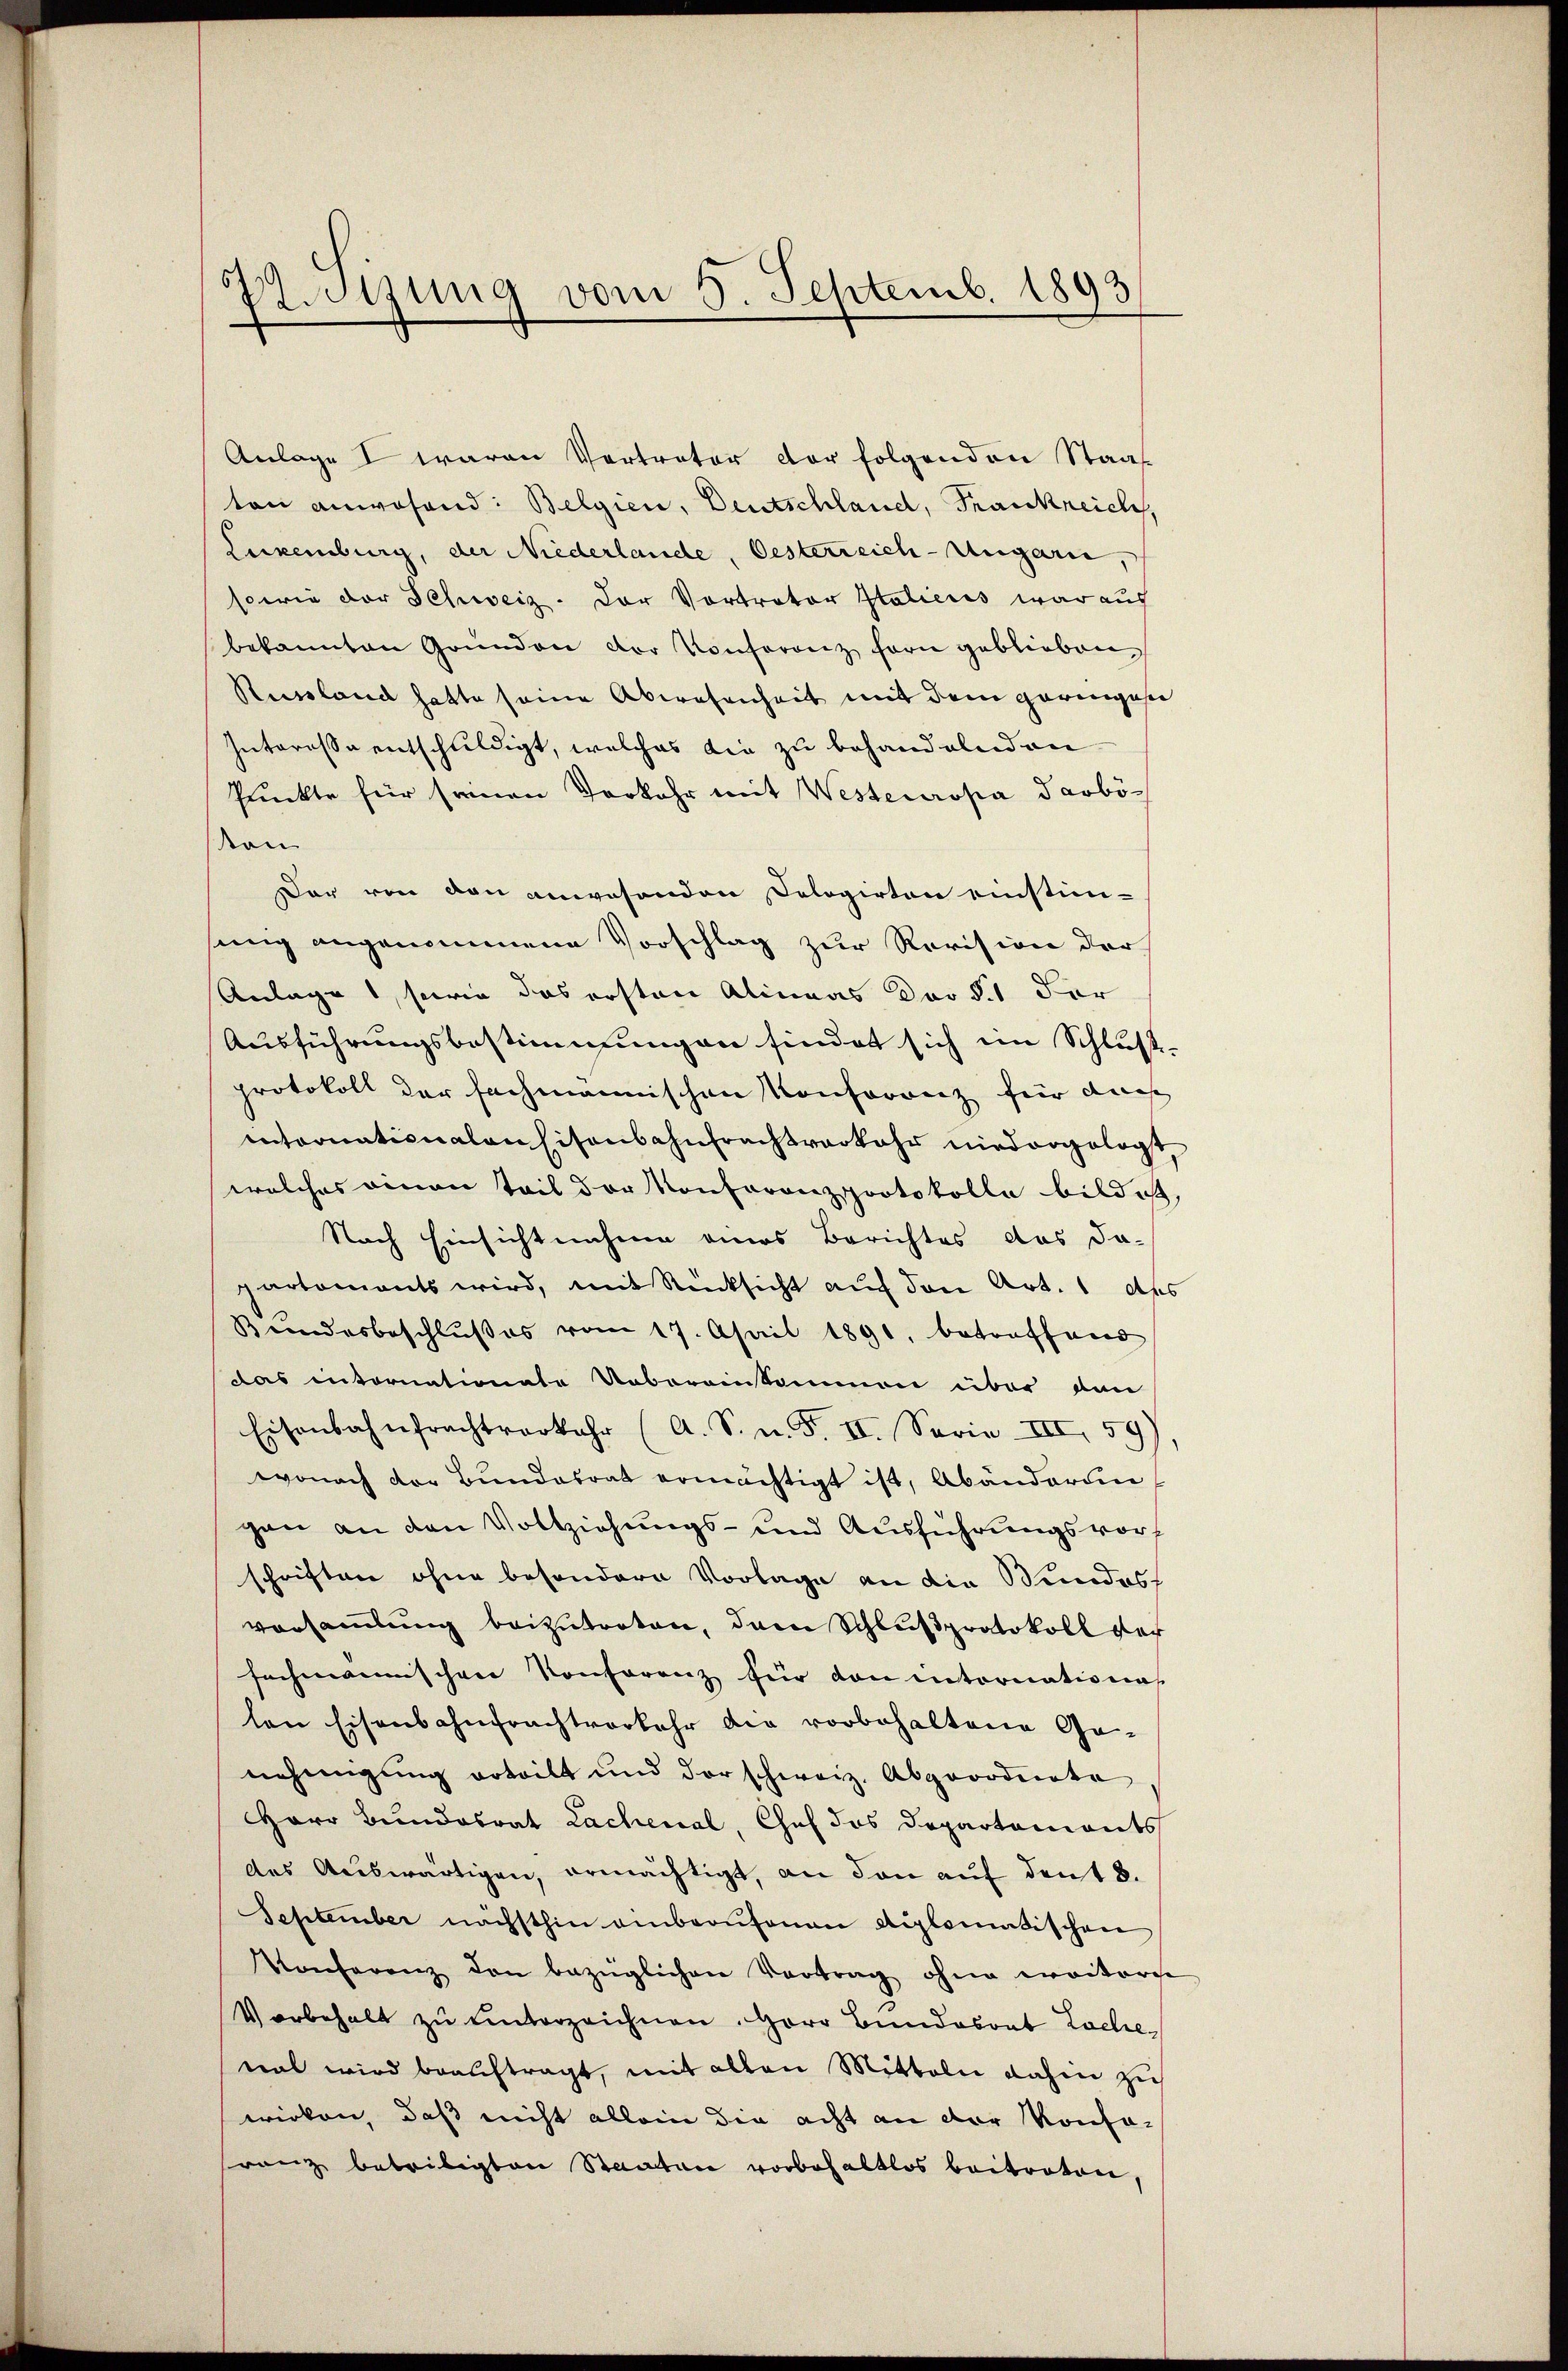
Anlage I waren Vertreter der folgenden Staat
ton anwesend: Belgien, Deutschland, Frankreich
Luxenburg, der Niederlande, Oesterreich-Ungarn,
sowie der Schweiz. Der Vortrator Italienis war auf
bekannten Gründen der Konferenz fern geblieben
Russland hatte seine Abwesenheit mit dem geringese
Interessa entschuldigt, welches die zu behandelnd an
Pruckte für seinen Vorkehr mit Westeuropa darböten
Der von den anwesenden Cologirten einstim-
sung angenommene Vorschlag zur Revision der
Anlage, sowie das ersten Alinaas der §. 1 der
Ausführungsbestimmungen findet sich im Schluss-
protokoll der fachmannischen Konferrenz für dach
intornationalansitansahnfrachtverkehr niedergelegt,
welches einen Teil der Konferenzprotokolle bild ist,
Nach Einsichtnahme eines Berichtes das da-
partaments wird, mit Rücksicht auf den Art. 1 des
Bundesbeschlŭβes vom 17. April 1891, betreffend
das intornationate Uebereinkommen über von
Eisenbahnfrachtverkehr (A. S. n. F. II. Serie III 59
wonach der Bundesrat ermächtigt ist, Abänderungan an den Vollziehungs- und Ausführungsvorschriften ohne besondern Vorlage an die Stundes
vorsammlung beizutreten, dann Schlußprotokoll der
fachmannischen Konferenz für von intornation
len Eisenbahnfrachtverkehr die vorbehaltene Ge-
nehmigung erteilt und der schweiz. Abgeordnete
Herr Bundesrat Lachenal, Chef das Departements
des Auswärtigen, ermächtigt, an den auf den 8.
September nächsthin einberŭfonen diplomatischen
Konferenz den bezüglichen Vortrag ohne weitere
Vorbehalt zu unterzeichnen. Herr Bundesrat Lochemal wird beauftragt, mit allen Mitteln dahin zu
wirken, daß nicht allein die acht an der Konso-
ranz beteiligten Staaten vorbehaltlos beitraton,

Zotzung vom 5. Septemb. 1893.